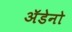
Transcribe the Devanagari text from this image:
अॅडेनो